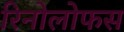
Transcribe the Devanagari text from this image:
रिनोलोफस